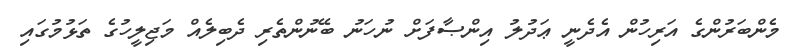
މެންބަރުންގެ އަރިހުން އެދެނީ ޢަދުލު އިންޞާފަށް ނުހަނު ބޭނުންތެރި ދެބިލެއް މަޖިލީހުގެ ތަޅުމުގައި